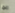
ربما